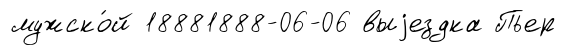
мужско́й 18881888-06-06 выjездка Пьер